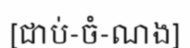
[ជាប់-ចំ-ណង]